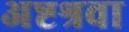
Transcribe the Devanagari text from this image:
अष्टश्रवा